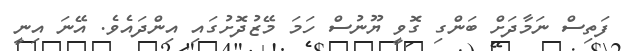
ފަތިސް ނަމާދަށް ބަންގި ގޮވީ ޔޫނުސް ހަމަ މޭޒުދޮށުގައި އިންދައެވެ. އޭނަ އިނީ